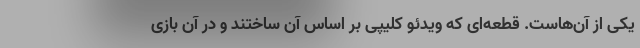
یکی از آن‌هاست. قطعه‌ای که ویدئو کلیپی بر اساس آن ساختند و در آن بازی